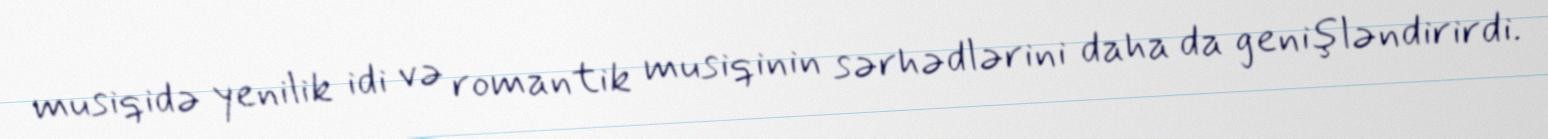
musiqidə yenilik idi və romantik musiqinin sərhədlərini daha da genişləndirirdi.